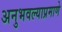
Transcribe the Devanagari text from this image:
अनुभवल्याप्रमाणे